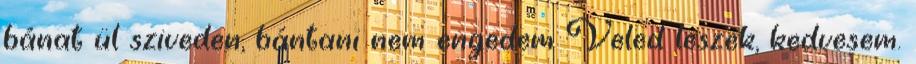
bánat ül sziveden, bántani nem engedem Veled leszek, kedvesem.